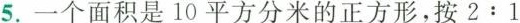
5.一个面积是10平方分米的正方形，按$$2:1$$